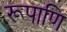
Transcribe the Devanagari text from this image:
रूपाणि